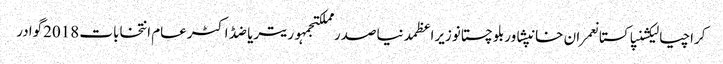
کراچیالیکشنپاکستانعمران خانپشاوربلوچستانوزیراعظمدنیاصدر مملکتجمہوریتریاضڈاکٹرعام انتخابات 2018گوادر